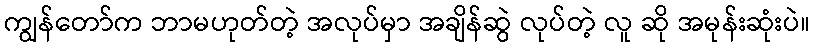
ကျွန်တော်က ဘာမဟုတ်တဲ့ အလုပ်မှာ အချိန်ဆွဲ လုပ်တဲ့ လူ ဆို အမုန်းဆုံးပဲ။